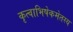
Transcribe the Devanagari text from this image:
कृत्वाभिषेकमेतस्य